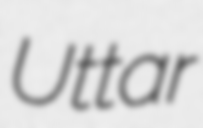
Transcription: Uttar